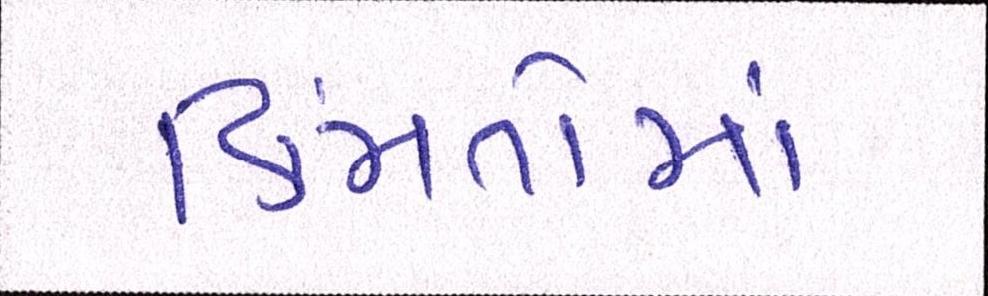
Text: કિંમતોમાં